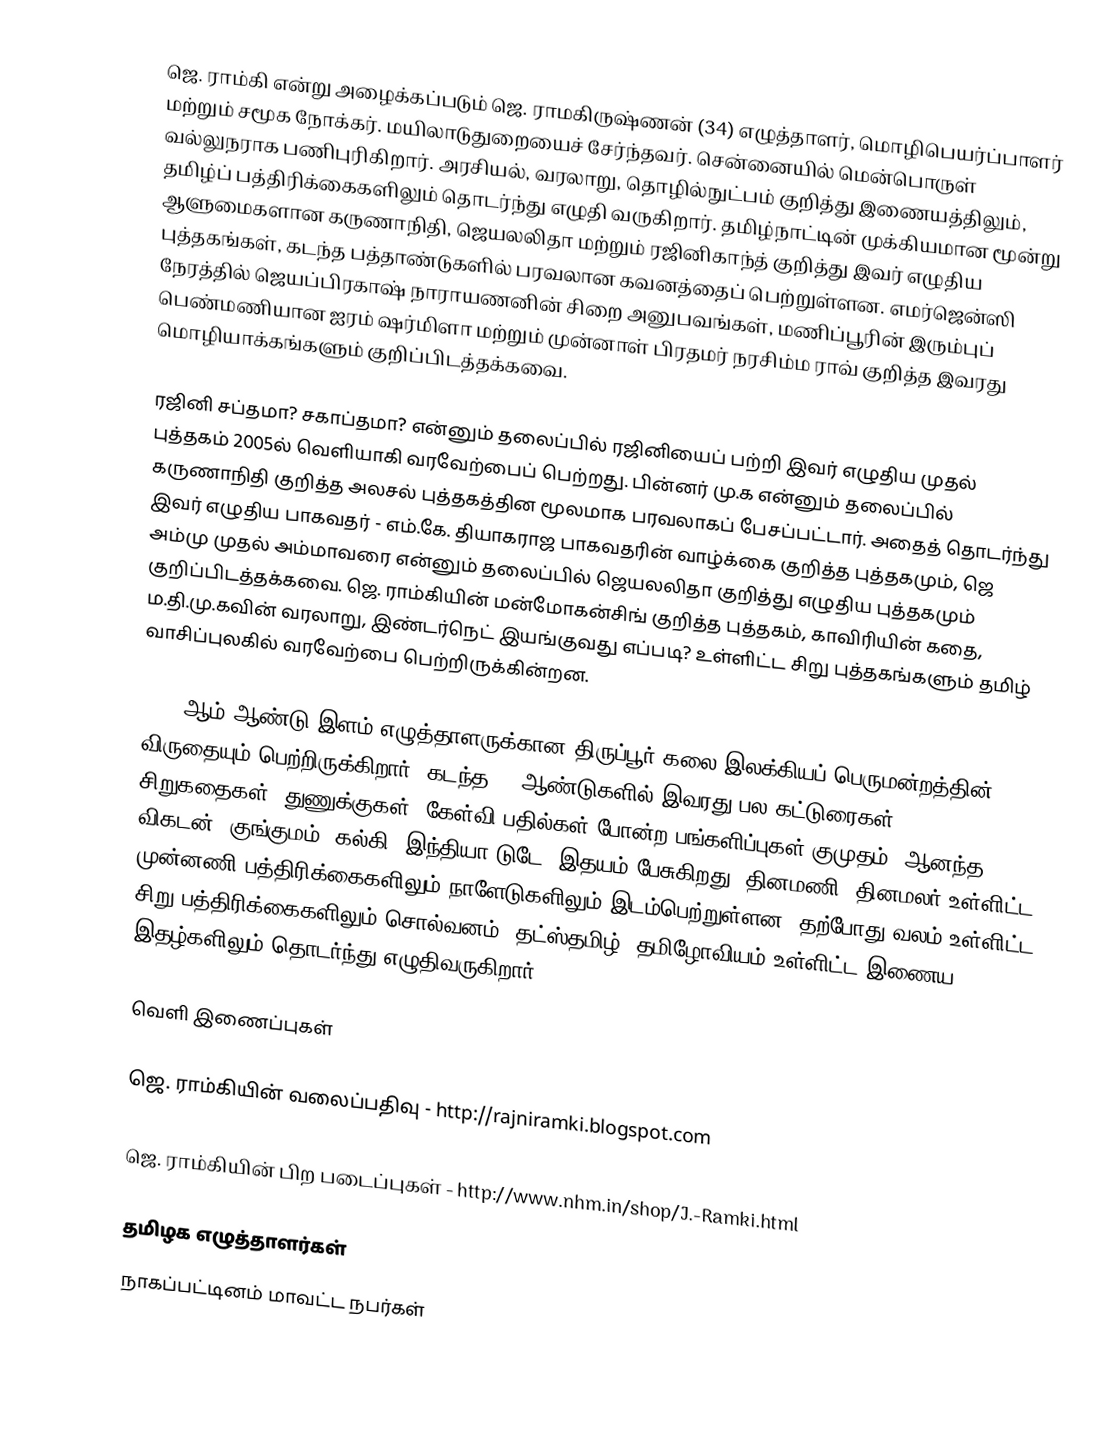
ஜெ. ராம்கி என்று அழைக்கப்படும் ஜெ. ராமகிருஷ்ணன் (34) எழுத்தாளர், மொழிபெயர்ப்பாளர் மற்றும் சமூக நோக்கர். மயிலாடுதுறையைச் சேர்ந்தவர். சென்னையில் மென்பொருள் வல்லுநராக பணிபுரிகிறார். அரசியல், வரலாறு, தொழில்நுட்பம் குறித்து இணையத்திலும், தமிழ்ப் பத்திரிக்கைகளிலும் தொடர்ந்து எழுதி வருகிறார். தமிழ்நாட்டின் முக்கியமான மூன்று ஆளுமைகளான கருணாநிதி, ஜெயலலிதா மற்றும் ரஜினிகாந்த் குறித்து இவர் எழுதிய புத்தகங்கள், கடந்த பத்தாண்டுகளில் பரவலான கவனத்தைப் பெற்றுள்ளன. எமர்ஜென்ஸி நேரத்தில் ஜெயப்பிரகாஷ் நாராயணனின் சிறை அனுபவங்கள், மணிப்பூரின் இரும்புப் பெண்மணியான ஐரம் ஷர்மிளா மற்றும் முன்னாள் பிரதமர் நரசிம்ம ராவ் குறித்த இவரது மொழியாக்கங்களும் குறிப்பிடத்தக்கவை.

ரஜினி சப்தமா? சகாப்தமா? என்னும் தலைப்பில் ரஜினியைப் பற்றி இவர் எழுதிய முதல் புத்தகம் 2005ல் வெளியாகி வரவேற்பைப் பெற்றது. பின்னர் மு.க என்னும் தலைப்பில் கருணாநிதி குறித்த அலசல் புத்தகத்தின மூலமாக பரவலாகப் பேசப்பட்டார். அதைத் தொடர்ந்து இவர் எழுதிய பாகவதர் - எம்.கே. தியாகராஜ பாகவதரின் வாழ்க்கை குறித்த புத்தகமும், ஜெ அம்மு முதல் அம்மாவரை என்னும் தலைப்பில் ஜெயலலிதா குறித்து எழுதிய புத்தகமும் குறிப்பிடத்தக்கவை. ஜெ. ராம்கியின் மன்மோகன்சிங் குறித்த புத்தகம், காவிரியின் கதை, ம.தி.மு.கவின் வரலாறு, இண்டர்நெட் இயங்குவது எப்படி? உள்ளிட்ட சிறு புத்தகங்களும் தமிழ் வாசிப்புலகில் வரவேற்பை பெற்றிருக்கின்றன.

2008 ஆம் ஆண்டு இளம் எழுத்தாளருக்கான திருப்பூர் கலை இலக்கியப் பெருமன்றத்தின் விருதையும் பெற்றிருக்கிறார். கடந்த 20 ஆண்டுகளில் இவரது பல கட்டுரைகள், சிறுகதைகள், துணுக்குகள், கேள்வி பதில்கள் போன்ற பங்களிப்புகள் குமுதம், ஆனந்த விகடன், குங்குமம், கல்கி, இந்தியா டுடே, இதயம் பேசுகிறது, தினமணி, தினமலர் உள்ளிட்ட முன்னணி பத்திரிக்கைகளிலும் நாளேடுகளிலும் இடம்பெற்றுள்ளன. தற்போது வலம் உள்ளிட்ட சிறு பத்திரிக்கைகளிலும் சொல்வனம், தட்ஸ்தமிழ், தமிழோவியம் உள்ளிட்ட இணைய இதழ்களிலும் தொடர்ந்து எழுதிவருகிறார்

வெளி இணைப்புகள்

  ஜெ. ராம்கியின் வலைப்பதிவு - http://rajniramki.blogspot.com

  ஜெ. ராம்கியின் பிற படைப்புகள் - http://www.nhm.in/shop/J.-Ramki.html

தமிழக எழுத்தாளர்கள்
நாகப்பட்டினம் மாவட்ட நபர்கள்